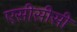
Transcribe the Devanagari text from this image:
एसीसीसी